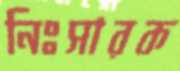
নিঃসারক